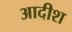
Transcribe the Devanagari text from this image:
आदीश